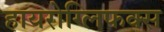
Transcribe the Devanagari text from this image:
हायरोग्लिफक्स